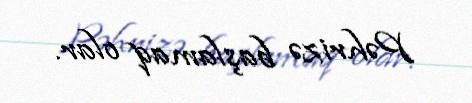
Pəhrizə başlamaq olar.